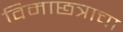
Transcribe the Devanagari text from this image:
विमाछत्राचा